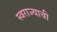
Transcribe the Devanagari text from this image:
स्‍वराज्याची